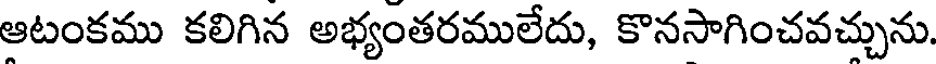
ఆటంకము కలిగిన అభ్యంతరములేదు, కొనసాగించవచ్చును.